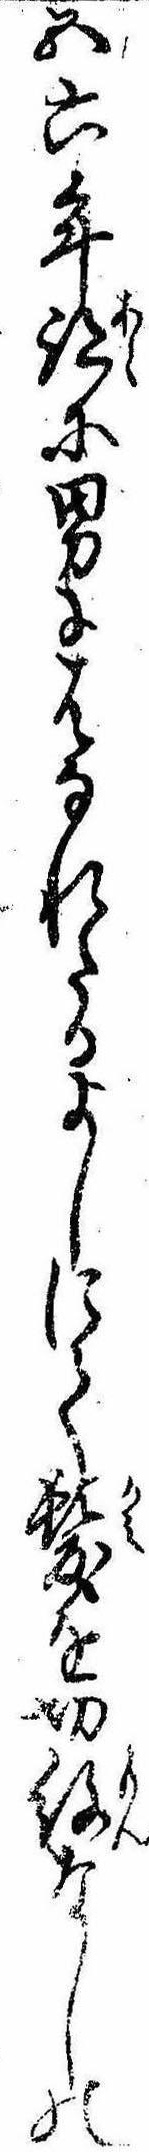
五六年跡に男にはなれたるよしにて髪を切紋なしの